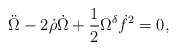
\begin{align*}\ddot{\Omega} - 2 \dot{\rho} \dot{\Omega} +\frac{1}{2} \Omega^{\delta} \dot{f}^2 = 0 ,\end{align*}